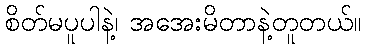
စိတ်မပူပါနဲ့၊ အအေးမိတာနဲ့တူတယ်။